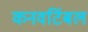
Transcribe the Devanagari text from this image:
कनवर्टिबल